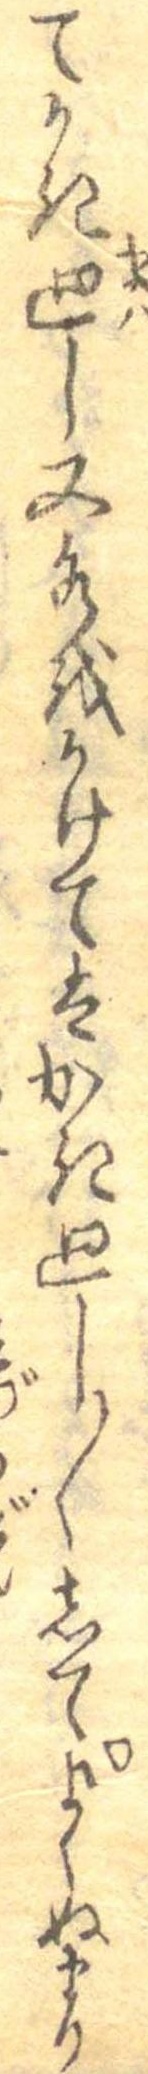
てかき廻し又水をかけてはかき廻し〱してよくぬまり